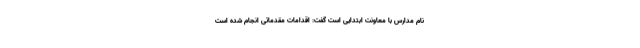
نام مدارس با معاونت ابتدایی است گفت: اقدامات مقدماتی انجام شده است